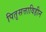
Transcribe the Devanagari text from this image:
पितृसत्ताविहीन